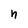
Character: h